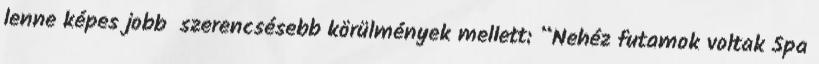
lenne képes jobb szerencsésebb körülmények mellett: “Nehéz futamok voltak Spa